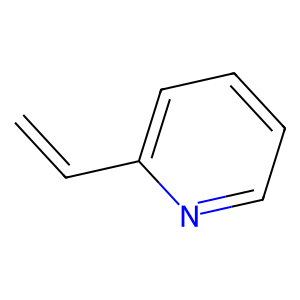
SMILES: C=Cc1ccccn1
Inhibits HIV replication: No